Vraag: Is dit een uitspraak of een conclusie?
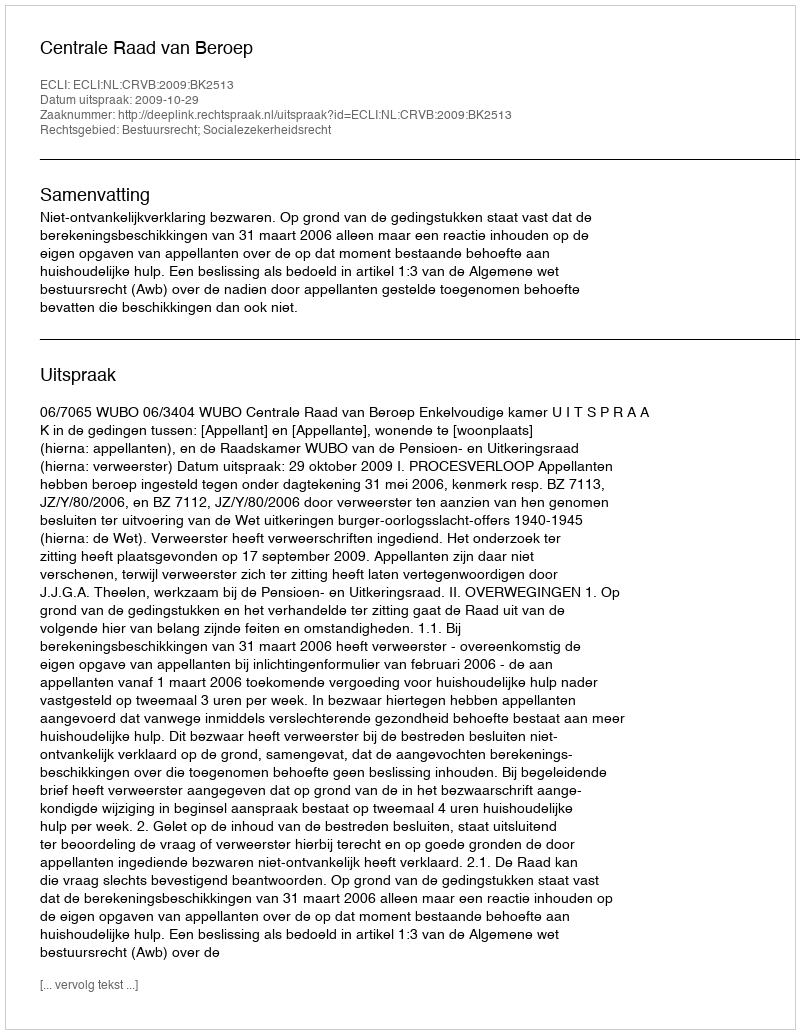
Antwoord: Uitspraak